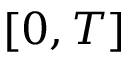
[ 0 , T ]